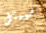
سيمثل